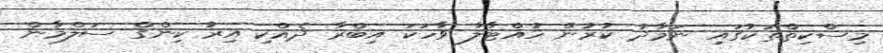
މިސްކިތްތަކުގައި ނަމާދު ކުރުން ހުއްޓާލާ ވާހަކަ އިބްރާ ދެއްކި އިރު ކިންގް ސަލްމާން